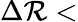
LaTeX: \Delta\mathcal{R}<